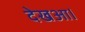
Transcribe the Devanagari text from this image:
देखआ।